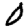
Digit: 0